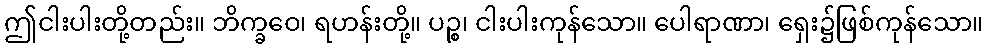
ဤငါးပါးတို့တည်း။ ဘိက္ခဝေ၊ ရဟန်းတို့။ ပဉ္စ၊ ငါးပါးကုန်သော။ ပေါရာဏာ၊ ရှေး၌ဖြစ်ကုန်သော။